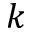
k